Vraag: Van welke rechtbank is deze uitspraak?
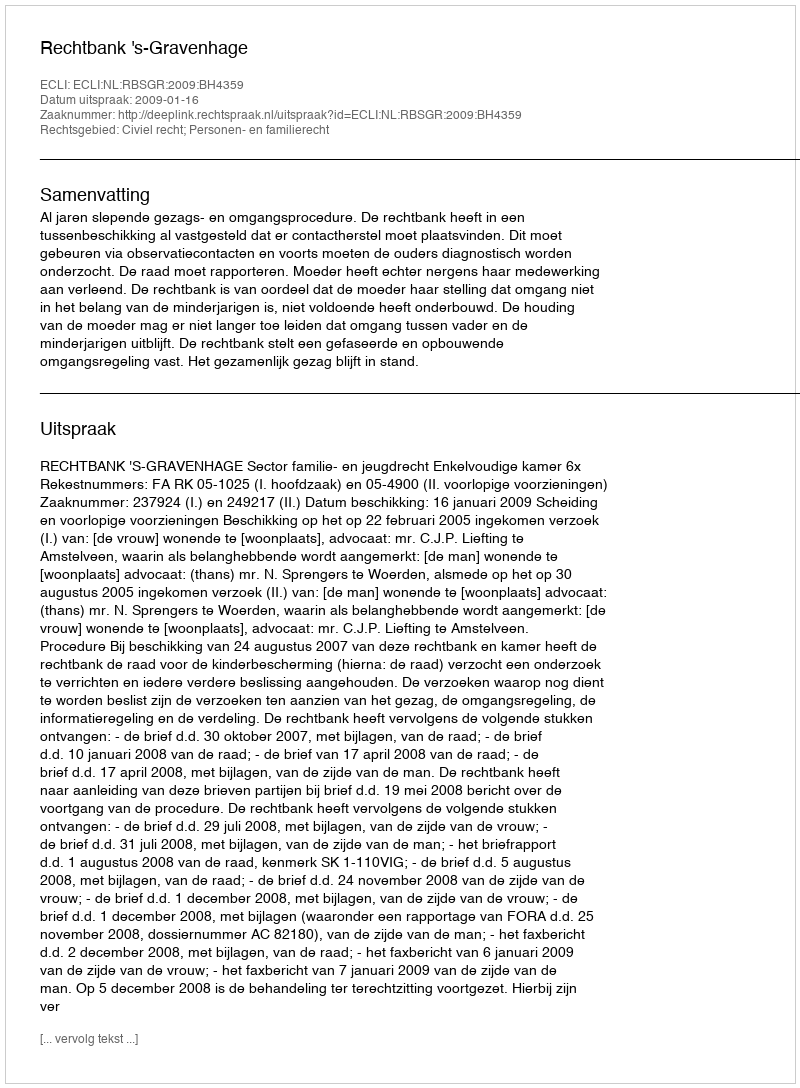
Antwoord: Rechtbank 's-Gravenhage